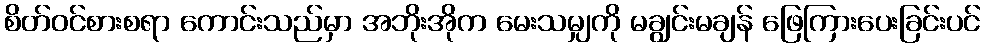
စိတ်ဝင်စားစရာ ကောင်းသည်မှာ အဘိုးအိုက မေးသမျှကို မချွင်းမချန် ဖြေကြားပေးခြင်းပင်